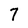
Character: 7